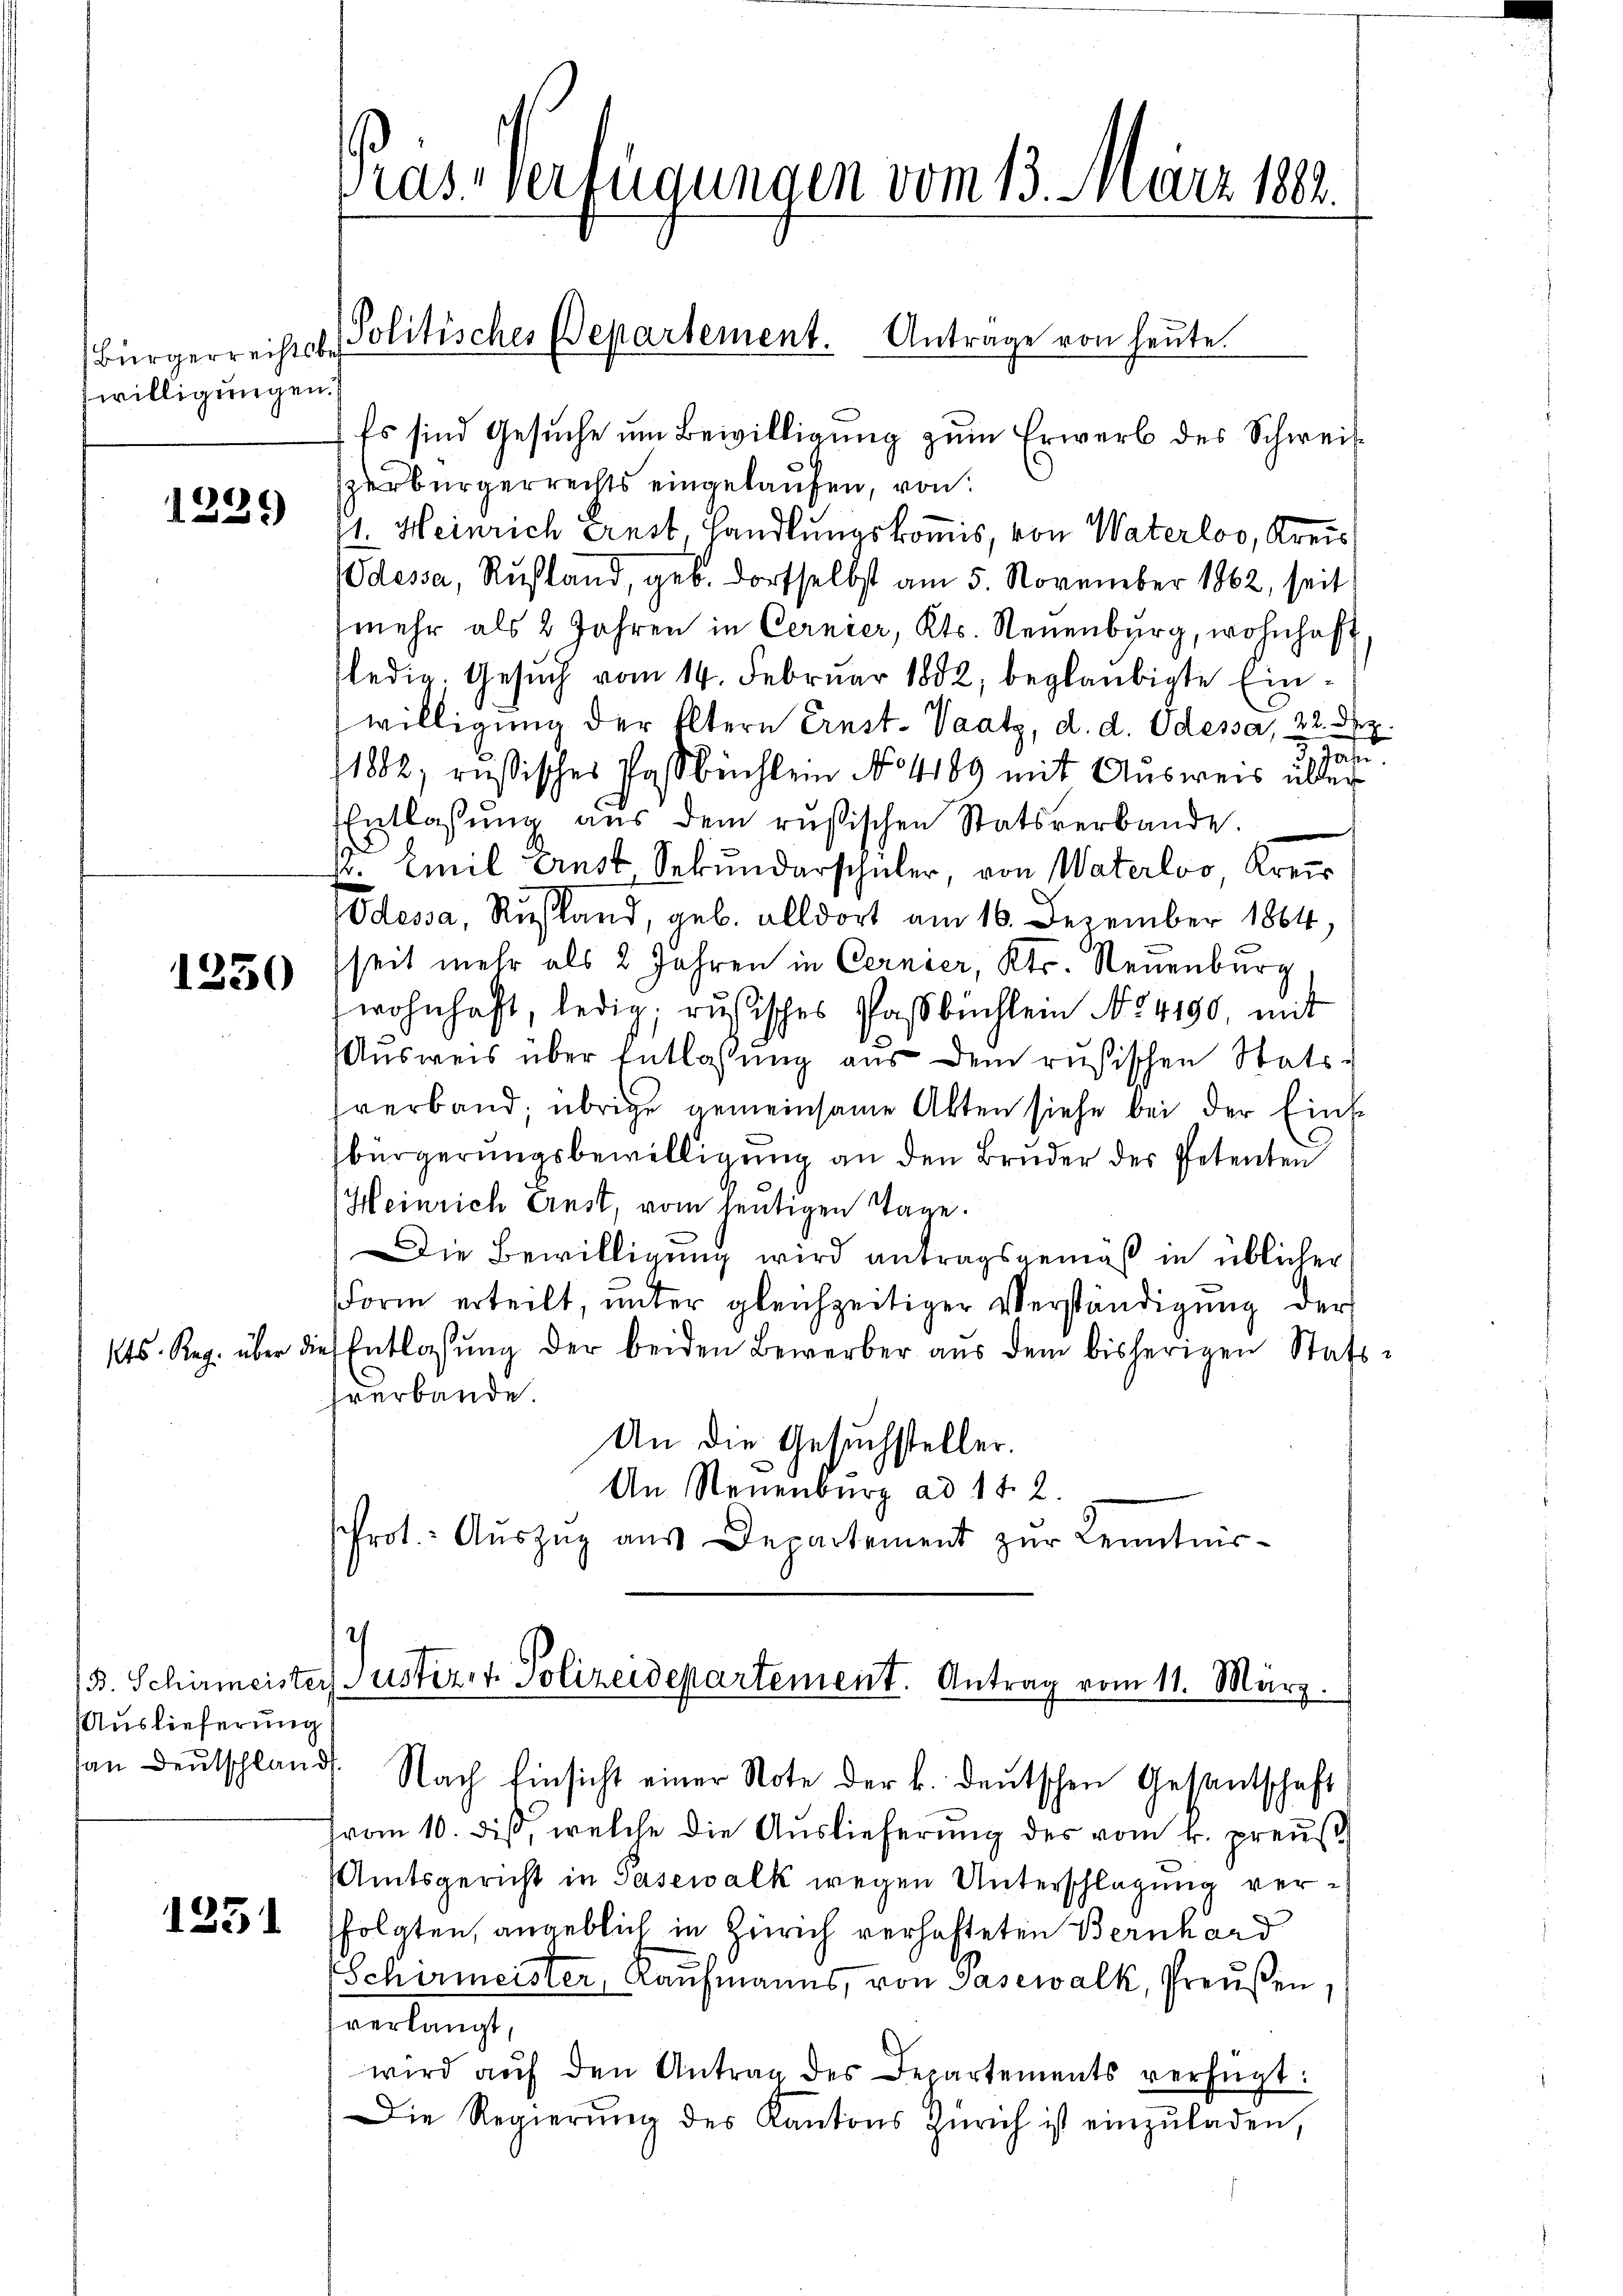
Bürgerrechtsbes
willigungen.

Kts. Reg. über d

c
1333

1250

B. Schirmeister
Auslieferung

1251

Prasverfügungen vom 13. März 1882.

Es sind Gesŭche ŭm Bewilligŭng zŭm Erwerb des Schweil
zerbürgerrechts eingelaufen, von
1. Heinrich ernst, Handlungskomis, von Waterloo, Kreis
Odessa, Rustand, geb. dortselbst am 5. November 1862, seit
mehr als 2 Jahren in Cernier, Kts. Neuenburg, wohnhaft,
fledig. Gesuch vom 14. Februar 1882, beglaubigte Einwilligung der Eltern Ernst-Vaatz, d. d. Odessa 22. Dez.
3 10
1882, russisches Postbüchlem No 4189 mit Ausweis übler
Entlassŭng aus dem rusischen Statsverbande.
. Emil Ernst, Sekundarschüler, von Waterloo Kreis
Odessa, Rußland, geb. alldort am 16. Dezember 1864,
seit mehr als 2 Jahren in Cernier, Kts. Neuenburg
wohnhaft, ledig, rusisches Passbüchlein No 4190, mit
Ausweis über Entlassung aus dem rusischen Stats-
verband, übrige gemeinsame Akten siehe bei der Einbürgerungsbewilligung an den Bruder des Petenten
Heinrich Ernst, vom heutigen Tage.
Die Bewilligung wird antragsgemäß in üblicher
Form erteilt, ŭnter gleichzeitiger Verständigung der
Entlassŭng der beiden Bewerber aŭs dem bisherigen Statsverbande.
An die Gesuchsteller.
An Neuenburg ad 1. 2.
Prot. Auszug aus Departement zur Kenntnis-
.
Suster, 1 Polizeidepartement. Antrag vom 11. März.

Politisches Departement. Antrage von heute.

(vom 10. dieß, welche die Auslieferung des vom k. preuß
Amtsgericht in Gasewalk wegen Unterschlagung verfolgten, angeblich in Zürich verhafteten Bernhard
Schirmeister, Kaufmanns, von Pasewalk, Preußen,
verlangt,
wird aŭf den Antrag des Departements verfügt:
Die Regierung des Kantons Zürich ist einzŭladen,

aŭ deŭtschland. Nach Einsicht einer Note der k. deŭtschen Gesantschaft